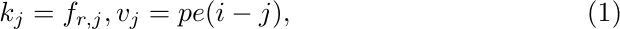
\begin{equation}
    k_j = f_{r, j},
    v_j = pe(i - j),
\end{equation}